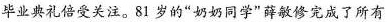
毕业典礼倍受关注。81岁的”奶奶同学”薛敏修完成了所有